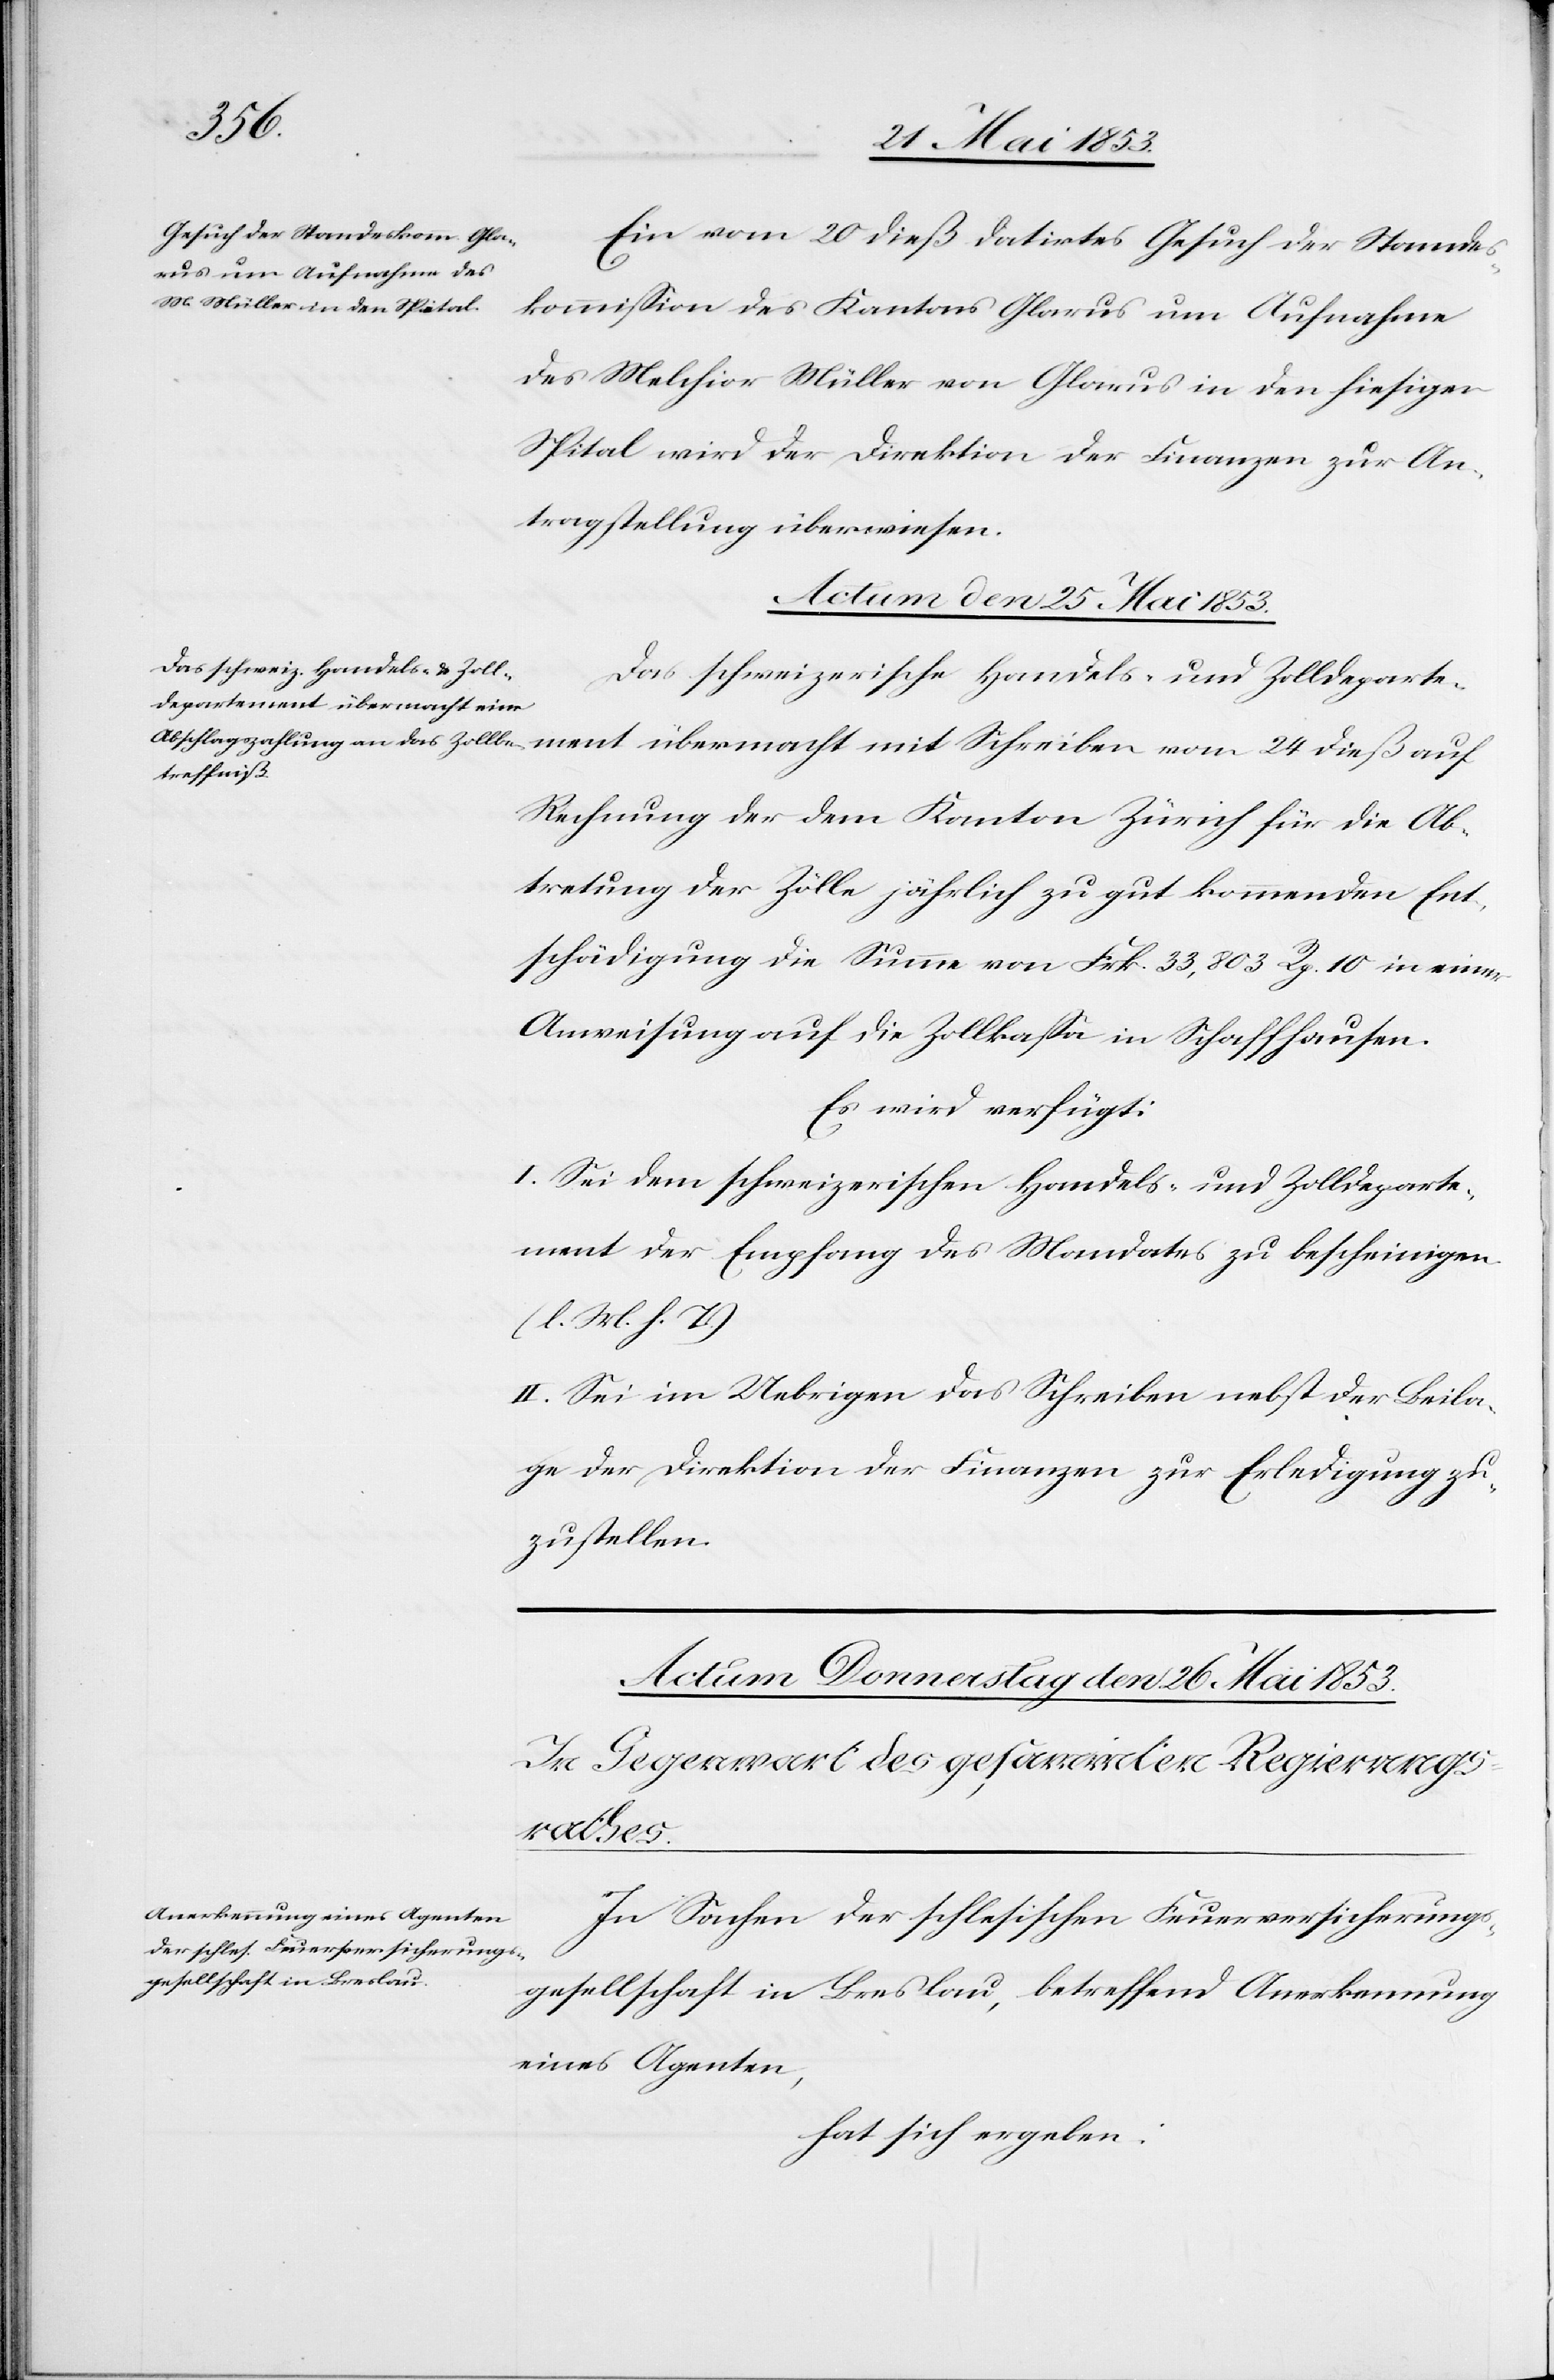
Ein vom 20 dieß datirtes Gesuch der Standes¬
kommißion des Kantons Glarus um Aufnahme
des Melchior Müller von Glarus in den hiesigen
Spital wird der Direktion der Finanzen zur An¬
tragsstellung überwiesen.
Actum den 25 Mai 1853.
Das schweizerische Handels- und Zolldeparte¬
ment übermacht mit Schreiben vom 24 dieß auf
Rechnung der dem Kanton Zürich für die Ab¬
tretung der Zölle jährlich zu gut kommenden Ent¬
schädigung die Summe von Frk. 33,803 Rp. 10 in einer
Anweisung auf die Zollkaßa in Schaffhausen.
Es wird verfügt:
I. Sei dem schweizerischen Handels- und Zolldeparte¬
ment der Empfang des Mandates zu bescheinigen.
[l. M. h. T]
II. Sei im Uebrigen das Schreiben nebst der Beila¬
ge der Direktion der Finanzen zur Erledigung zu¬
zustellen.
In Sachen der schlesischen Feuerversicherungs¬
gesellschaft in Breslau, betreffend Anerkennung
eines Agenten,
hat sich ergeben: